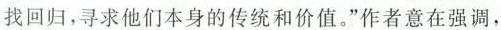
找回归，寻求他们本身的传统和价值。”作者意在强调，